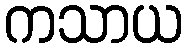
ကသာယ